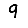
Digit: 9